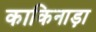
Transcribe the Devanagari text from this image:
काकिनाड़ा